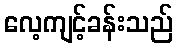
လေ့ကျင့်ခန်းသည်